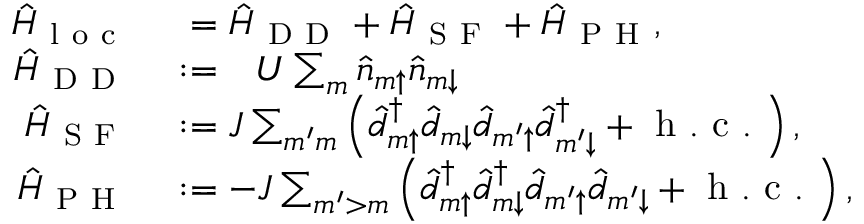
\begin{array} { r l } { \hat { H } _ { \mathrm { ~ l ~ o ~ c ~ } } } & { { } \phantom { : } = \hat { H } _ { \mathrm { ~ D ~ D ~ } } + \hat { H } _ { \mathrm { ~ S ~ F ~ } } + \hat { H } _ { \mathrm { ~ P ~ H ~ } } , } \\ { \hat { H } _ { \mathrm { ~ D ~ D ~ } } } & { { } : = \phantom { + { } } U \sum _ { m } \hat { n } _ { m { \uparrow } } \hat { n } _ { m { \downarrow } } } \\ { \hat { H } _ { \mathrm { ~ S ~ F ~ } } } & { { } : = J \sum _ { m ^ { \prime } m } \left( \hat { d } _ { m { \uparrow } } ^ { \dagger } \hat { d } _ { m { \downarrow } } \hat { d } _ { m ^ { \prime } { \uparrow } } \hat { d } _ { m ^ { \prime } { \downarrow } } ^ { \dagger } + \mathrm { ~ h ~ . ~ c ~ . ~ } \right) , } \\ { \hat { H } _ { \mathrm { ~ P ~ H ~ } } } & { { } : = - J \sum _ { m ^ { \prime } > m } \left( \hat { d } _ { m { \uparrow } } ^ { \dagger } \hat { d } _ { m { \downarrow } } ^ { \dagger } \hat { d } _ { m ^ { \prime } { \uparrow } } \hat { d } _ { m ^ { \prime } { \downarrow } } + \mathrm { ~ h ~ . ~ c ~ . ~ } \right) , } \end{array}